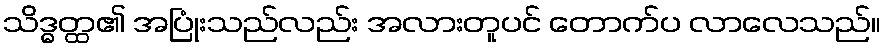
သိဒ္ဓတ္ထ၏ အပြုံးသည်လည်း အလားတူပင် တောက်ပ လာလေသည်။